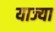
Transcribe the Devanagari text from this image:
याज्या